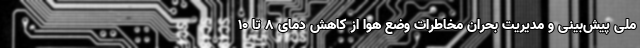
ملی پیش‌بینی و مدیریت بحران مخاطرات وضع هوا از کاهش دمای ۸ تا ۱۰